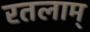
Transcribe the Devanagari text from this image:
रतलाम्